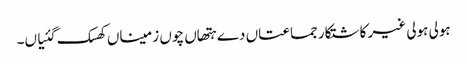
ہولی ہولی غیر کاشتکار جماعتاں دے ہتھاں چوں زمیناں کھسک گئیاں۔